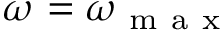
\omega = \omega _ { \mathrm { ~ m ~ a ~ x ~ } }